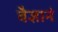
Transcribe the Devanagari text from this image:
वैज्ञानं